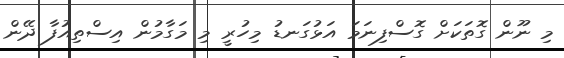
މި ނޫން ގޮތަކަށް ގޮސްފިނަމަ އަޅުގަނޑު މިހުރީ މި މަގާމުން އިސްތިއުފާ ދޭން